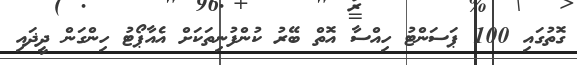
ގޮތުގައި 100 ޕަސަންޓު ހިއްސާ އޮތް ބޭރު ކުންފުނިތަކަށް އެއާޕޯޓު ހިންގަން ދީޛައި